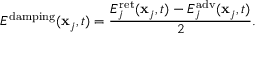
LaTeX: E ^ { \mathrm { d a m p i n g } } ( \mathbf { x } _ { j } , t ) = { \frac { E _ { j } ^ { \mathrm { r e t } } ( \mathbf { x } _ { j } , t ) - E _ { j } ^ { \mathrm { a d v } } ( \mathbf { x } _ { j } , t ) } { 2 } } .